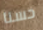
حسنا